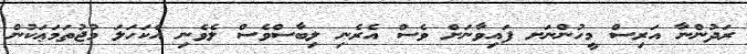
ރަދުންނާ އަރިސް މީހުންނަށ ފައިވާނަށް ވެސް އެރެނި ލިބާސްވެސް ލެވެނި އެކަހަލަ މުޖުތަމަޢަކުން